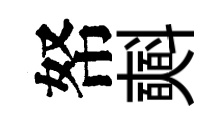
帑𣂏